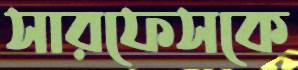
সারফেসকে